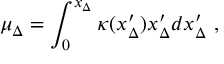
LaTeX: \mu _ { \Delta } = \int _ { 0 } ^ { x _ { \Delta } } \kappa ( x _ { \Delta } ^ { \prime } ) x _ { \Delta } ^ { \prime } d x _ { \Delta } ^ { \prime } \ ,